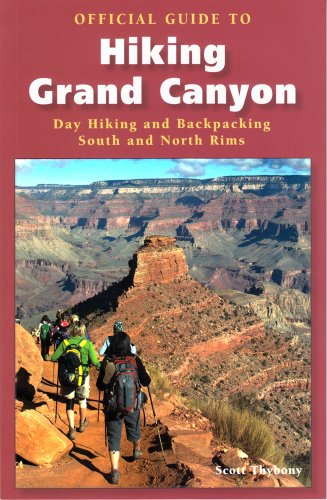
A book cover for Official Guide to Hiking the Grand Canyon; Scott Thybony; Travel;